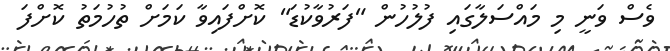
ވެސް ވަނީ މި މައްސަލާގައި ފުލުހުން "ފަރުވާކުޑަ" ކޮށްފައިވާ ކަމަށް ތުހުމަތު ކޮށްފަ